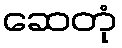
ဆေတုံ